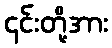
၎င်းတို့အား